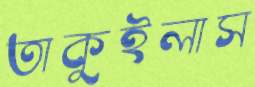
তাকুইলাস